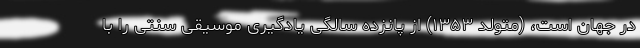
در جهان است، (متولد ۱۳۵۳) از پانزده سالگی یادگیری موسیقی سنتی را با